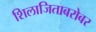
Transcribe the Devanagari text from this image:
शिलाजिताबरोबर